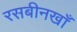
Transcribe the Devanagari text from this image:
रसबीनखाँ